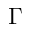
\Gamma